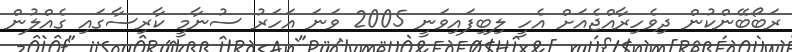
ރަބޯބޭންކުން ދިވެހިރާއްޖެއަށް އެހީ ލިބިފައިވަނީ 2005 ވަނަ އަހަރު ސުނާމީ ކާރިސާގައި ގެއްލުން